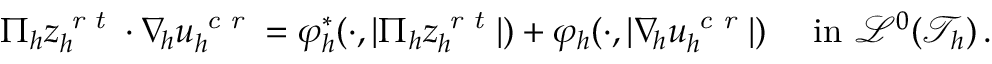
\begin{array} { r } { \Pi _ { h } z _ { h } ^ { \textit { r t } } \cdot \nabla _ { \! h } u _ { h } ^ { \textit { c r } } = \varphi _ { h } ^ { * } ( \cdot , \vert \Pi _ { h } z _ { h } ^ { \textit { r t } } \vert ) + \varphi _ { h } ( \cdot , \vert \nabla _ { \! h } u _ { h } ^ { \textit { c r } } \vert ) \quad \mathrm { ~ i n ~ } \mathcal { L } ^ { 0 } ( \mathcal { T } _ { h } ) \, . } \end{array}